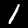
Label: 1